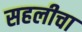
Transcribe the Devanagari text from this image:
सहलीचा